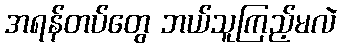
အရန်တပ်တွေ ဘယ်သူကြည့်မလဲ